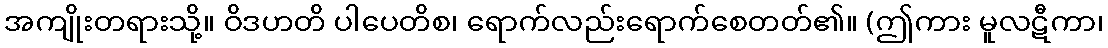
အကျိုးတရားသို့။ ဝိဒဟတိ ပါပေတိစ၊ ရောက်လည်းရောက်စေတတ်၏။ (ဤကား မူလဋီကာ၊